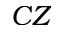
C Z